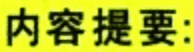
内容提要: